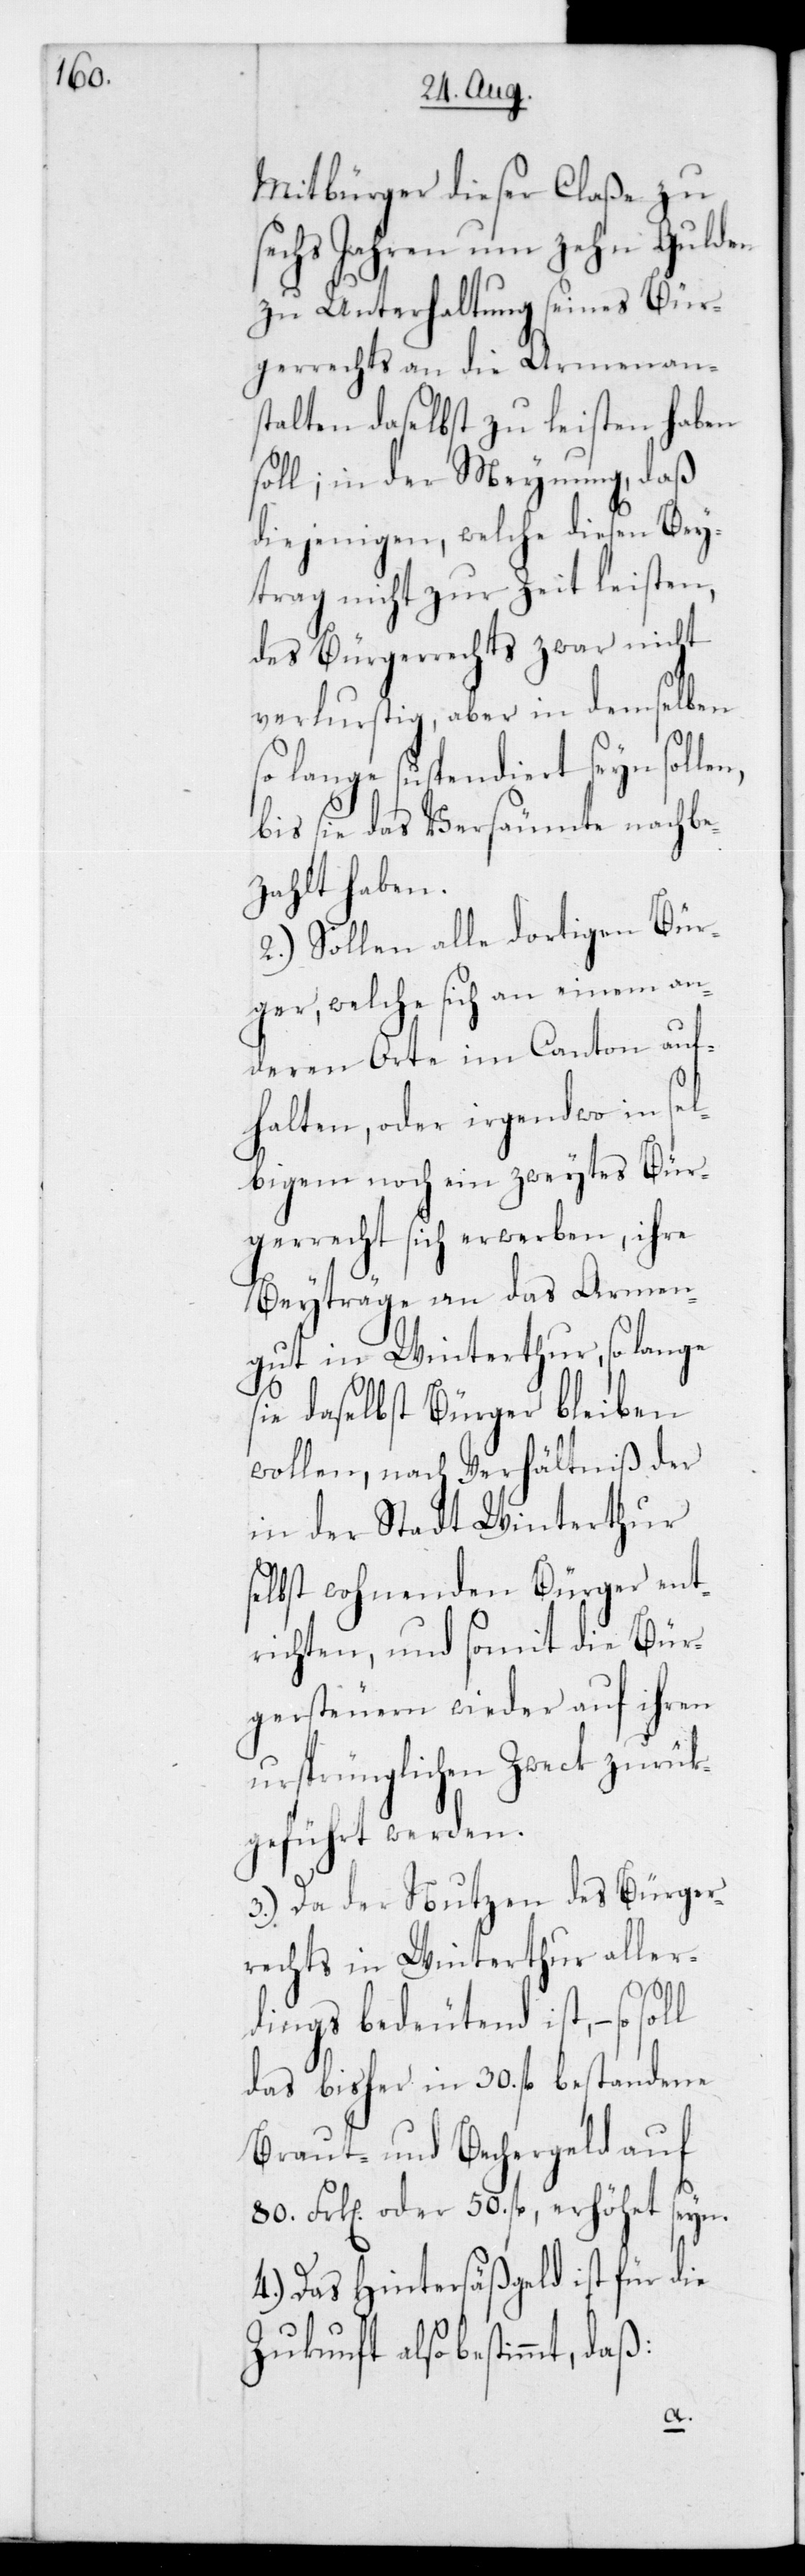
Mitbürger dieser Claße zu
sechs Jahren um zehn Gulden
zu Unterhaltung seines Bür¬
gerrechts an die Armenans¬
talten daselbst zu leisten haben
soll; in der Meynung, daß
diejenigen, welche diesen Bey¬
trag nicht zur Zeit leisten,
des Bürgerrechts zwar nicht
verlustig, aber in demselben
so lange suspendiert seyn solle¬
bis sie das Versäumte nachbe¬
zahlt haben.
2.) Sollen alle dortigen Bür¬
ger, welche sich an einem an¬
deren Orte im Canton auf¬
halten, oder irdendwo in sel¬
bigem noch ein zweytes Bür¬
gerrecht sich erwerben, ihre
Beyträge an das Armen¬
gut in Winterthur, so lange
sie daselbst Bürger bleiben
wollen, nach Verhältniß der
in der Stadt Winterthur
selbst wohnenden Bürger ent¬
richten, und somit die Bür¬
gersteuern wieder auf ihren
ursprünglichen Zweck zurück¬
geführt werden.
3.) Da der Nutzen des Bürger¬
rechts in Winterthur aller¬
dings bedeutend ist, – so
das bisher in 30 fl. bestandene
Braut- und Bechergeld auf
80 Frk[en] oder 50 fl., erhöhet seyn.
4.) Das Hintersäßgeld ist für die
n,